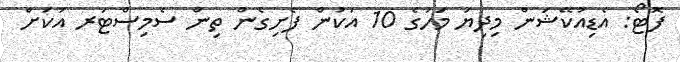
ފޮޓޯ: އެޑިއުކޭޝަން މިދިޔަ މަހުގެ 10 އަކުން ފެށިގެން ތިން ސެމިސްޓަރ އަކަށް